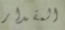
المقدار